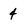
Character: 4